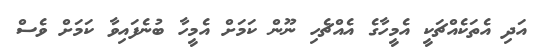
އަދި އެތަކެއްޗަކީ އެމީހާގެ އެއްޗެހި ނޫން ކަމަށް އެމީހާ ބުނެފައިވާ ކަމަށް ވެސް